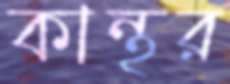
কান্থর